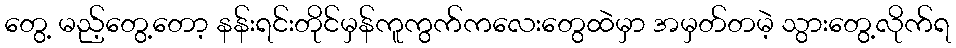
တွေ့ မည့်တွေ့တော့ နန်းရင်းတိုင်မှန်ကူကွက်ကလေးတွေထဲမှာ အမှတ်တမဲ့ သွားတွေ့လိုက်ရ